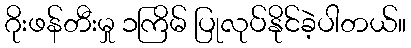
ဂိုးဖန်တီးမှု ၁ကြိမ် ပြုလုပ်နိုင်ခဲ့ပါတယ်။